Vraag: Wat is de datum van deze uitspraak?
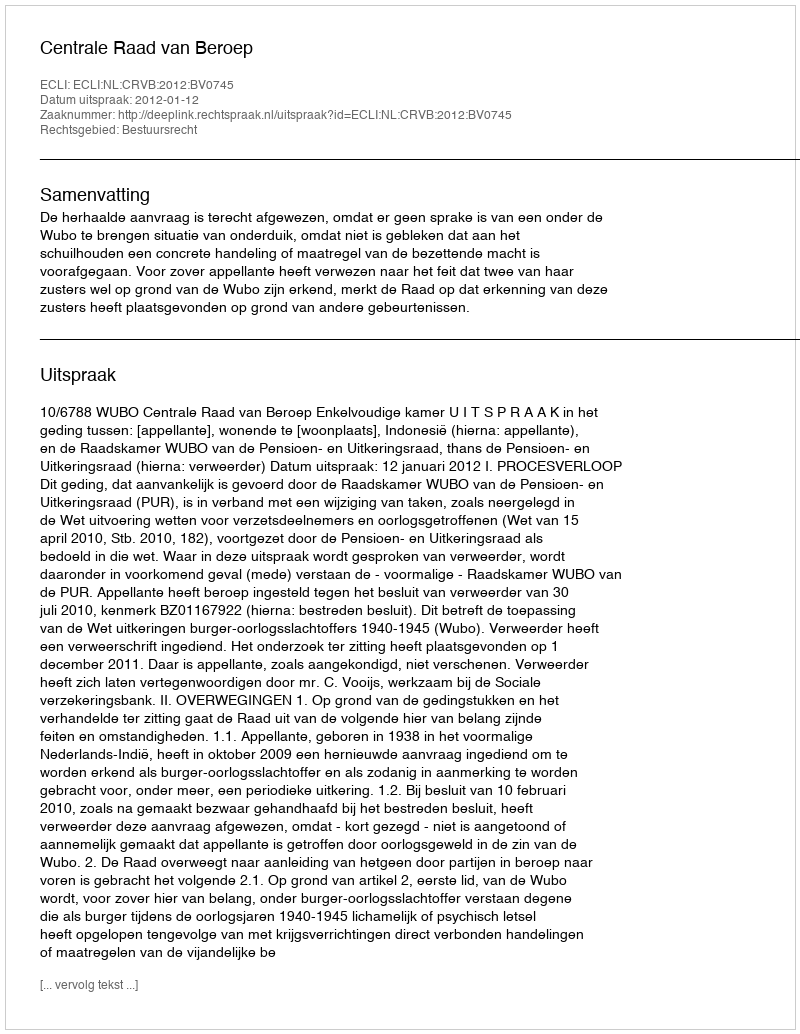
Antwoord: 2012-01-12